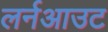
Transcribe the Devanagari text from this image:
लर्नआउट